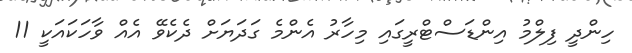
ހިންދީ ފިލްމު އިންޑަސްޓްރީގައި މިހާރު އެންމެ ގަދަޔަށް ދެކެވޭ އެއް ވާހަކައަކީ 11